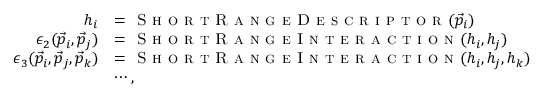
\begin{array} { r l } { h _ { i } } & { = \textsc { S h o r t R a n g e D e s c r i p t o r } ( \vec { p } _ { i } ) } \\ { \epsilon _ { 2 } ( \vec { p } _ { i } , \vec { p } _ { j } ) } & { = \textsc { S h o r t R a n g e I n t e r a c t i o n } ( h _ { i } , h _ { j } ) } \\ { \epsilon _ { 3 } ( \vec { p } _ { i } , \vec { p } _ { j } , \vec { p } _ { k } ) } & { = \textsc { S h o r t R a n g e I n t e r a c t i o n } ( h _ { i } , h _ { j } , h _ { k } ) } \\ & { \cdots , } \end{array}